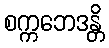
စက္ကဘေဒန္တိ